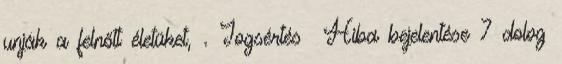
unják a felnőtt életüket, . Jogsértés Hiba bejelentése 7 dolog